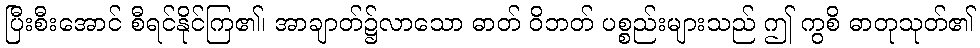
ပြီးစီးအောင် စီရင်နိုင်ကြ၏၊ အာချာတ်၌လာသော ဓာတ် ဝိဘတ် ပစ္စည်းများသည် ဤ ကွစိ ဓာတုသုတ်၏